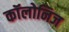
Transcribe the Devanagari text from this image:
कॉलोनिज